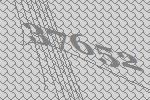
37652